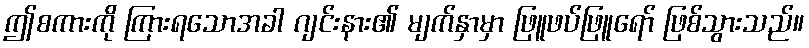
ဤစကားကို ကြားရသောအခါ ဂျင်းနား၏ မျက်နှာမှာ ဖြူဖပ်ဖြူရော် ဖြစ်သွားသည်။